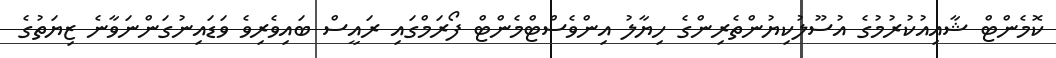
ކޮމެންޓް ޝާއިއުކުރުމުގެ އުސޫލުކިޔުންތެރިންގެ ހިޔާލު އިންވެސްޓްމެންޓް ފޯރަމްގައި ރައީސް ބައިވެރިވެ ވަޑައިނުގަންނަވާނެ ޒިޔަތުގެ